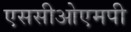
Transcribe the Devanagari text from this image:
एससीओएमपी